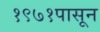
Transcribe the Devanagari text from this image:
१९७१पासून